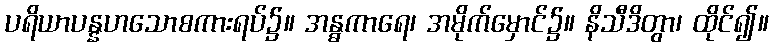
ပရိယာပန္နဟသောစကားရပ်၌။ အန္ဓကာရေ၊ အမိုက်မှောင်၌။ နိသီဒိတွာ၊ ထိုင်၍။